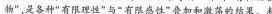
物”，是各种”有限理性”与”有限感性”叠加和激荡的结果。未